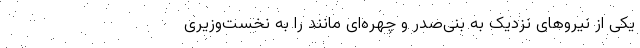
یکی از نیروهای نزدیک به بنی‌صدر و چهره‌ای مانند را به نخست‌وزیری